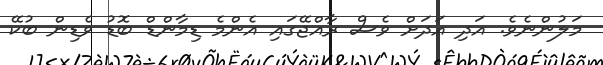
މަލުންނެވެ. އަދި އަދަށް ވެސް ރާއްޖޭގައި އެންމެ ޑިމާންޑް ބޮޑު ވެޑިން ބުކޭ